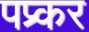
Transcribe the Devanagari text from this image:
पप्र्कर